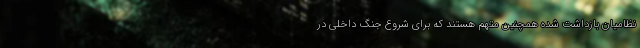
‌نظامیان بازداشت شده همچنین متهم هستند که برای شروع جنگ داخلی در